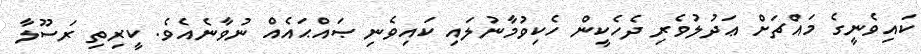
ކައިވެނީގެ މައްޗަށް ޢަދުލުވެރި ދެހެކީން ހެކިވުމާނުލައި ކައިވެނި ޞައްޙައެއް ނުވާނެއެވެ. ކީރިތި ރަސޫލާ